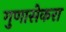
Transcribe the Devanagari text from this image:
गुणासेकरा